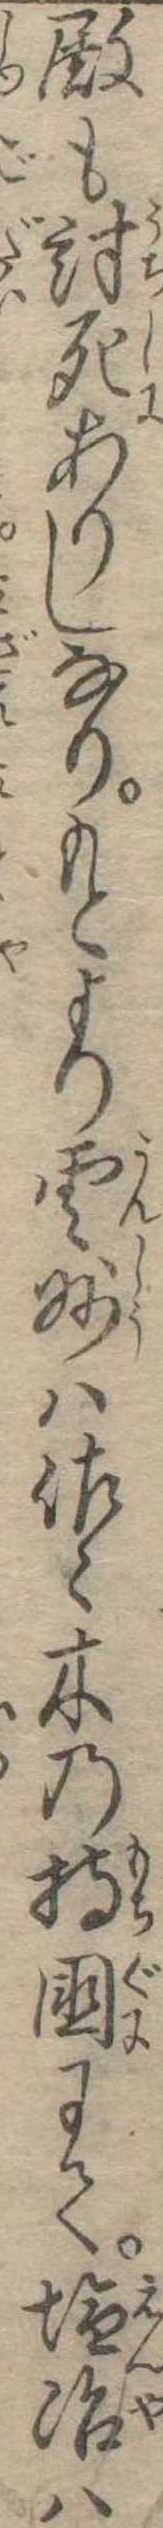
殿も討死ありしなりもとより雲州は佐木の持国にて塩冶は